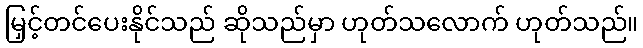
မြှင့်တင်ပေးနိုင်သည် ဆိုသည်မှာ ဟုတ်သလောက် ဟုတ်သည်။